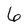
Character: 6